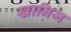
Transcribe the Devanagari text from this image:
खानिज